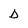
Character: d